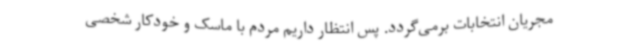
مجریان انتخابات برمی‌گردد. پس انتظار داریم مردم با ماسک و خودکار شخصی